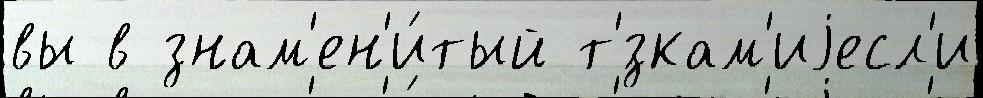
вы в знам'ен'и́тый т'́зкам'иjесл'и